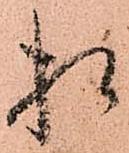
相